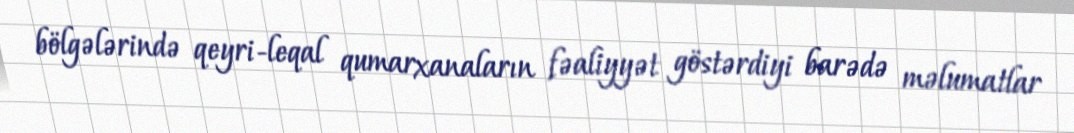
bölgələrində qeyri-leqal qumarxanaların fəaliyyət göstərdiyi barədə məlumatlar